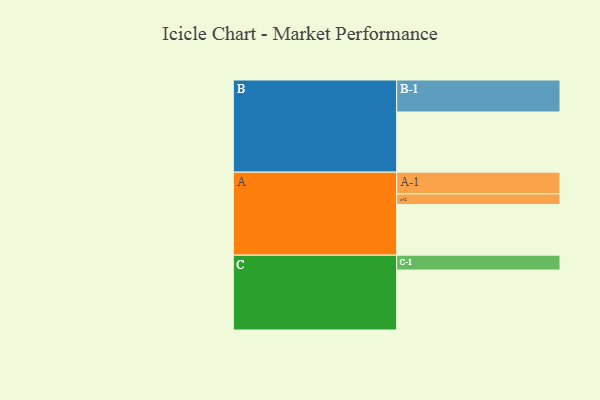
{"axis": {"x": "Segment", "y": "Value"}, "legend": ["", "A", "B", "C"], "data": [{"x": "A", "y": 470, "type": ""}, {"x": "B", "y": 559, "type": ""}, {"x": "C", "y": 557, "type": ""}, {"x": "A-1", "y": 202, "type": "A"}, {"x": "A-2", "y": 99, "type": "A"}, {"x": "B-1", "y": 297, "type": "B"}, {"x": "C-1", "y": 138, "type": "C"}]}